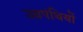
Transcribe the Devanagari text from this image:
उग्रपंथियों